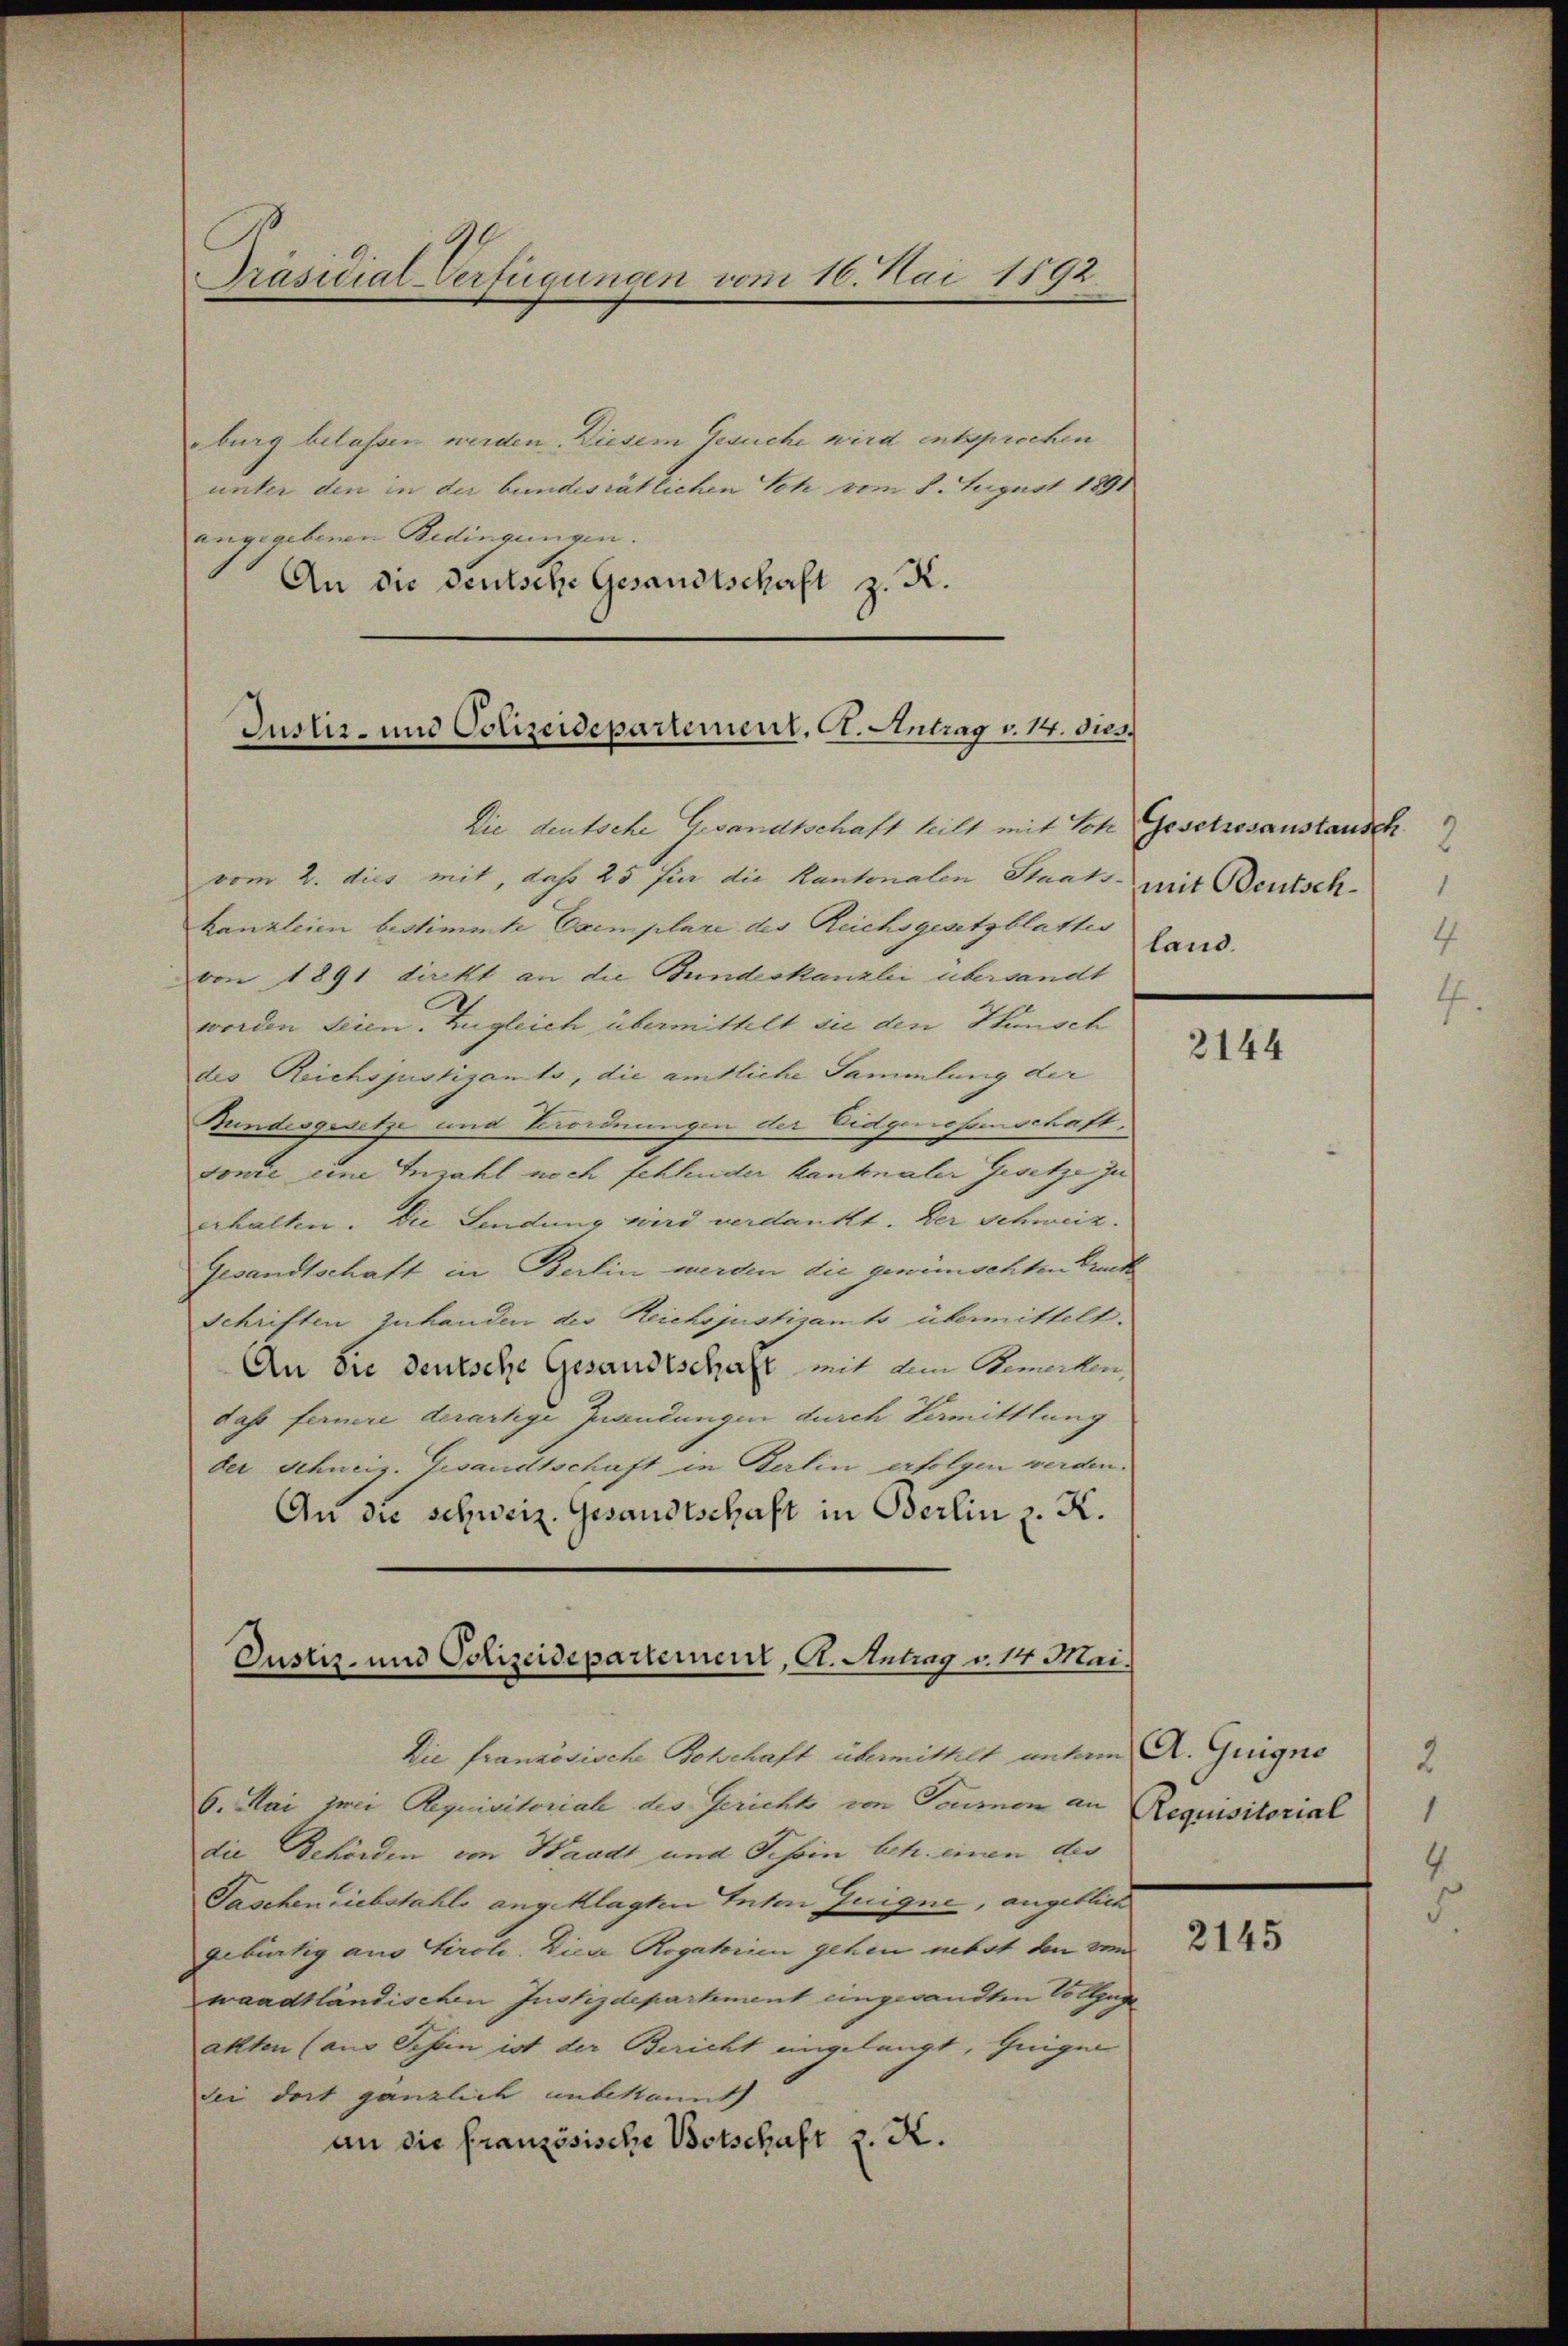
Präsidial-Verlegungen vom 16. Mai 1892

burg belassen werden. Diesem Gesuche wird entsprochen
unter den in der bundesrätlichen Tote vom 8. August 1891
angegebenen Bedingungen.
An die deutsche Gesandtschaft z. K.

Justiz- und Polizeidepartement, A. Antrag v. 14. dies.

Die deutsche Gesandtschaft teilt mit Tote
vom 2. dies mit, daß 25 für die Kantonalen Staats mit Deutschkanzleien bestimmte Exemplare des Reichsgesetzblattes
von 1891 direkt an die Bundeskanzlei übersandt
worden seien. Zugleich übermittelt sie den Hunsch
des Reichsjustizamts, die amtliche Sammlung der
Bundesgesetze und Verordnungen der Eidgenossenschaft.
vonce eine Anzahl noch fehhuder kantonaler Gesetze zu
erhalten. Die Lendung wird verdankt. Der Schweiz.
Gesandtschaft in Berlin werden die gewünschten Drucke
Schriften zuhanden der Reichsjustizamts übermittelt.
An die deutsche Gesandtschaft mit dem Bemerken
daß fernere derartige Zuwendungen durch Vermittlung
der Schweiz. Gesandtschaft in Berlin erfolgen werden.
An die schweiz. Gesandtschaft in Berlin z. K.

Justiz- und Polizeidepartement, A. Antrag u. 14 Mai.

Die Französische Botschaft übermittelt unterm
6. Mai zwei Requisitoriale des Gerichts von Touren an Requisitorial
die Behörden von Waadt und Schein beh. einen des
Faschen Liebstahls angeklagten Inten Zuigne, angeblich
gebürtig aus Kirch. Vicar Rogatrien gehen nebst den von
waadtländischen Justizdepartement eingewandten Vollzugeakten (aus Schen ist der Bericht eingelangt, zeigen
Sei dort gänzlich unbekannt
an die französische Botschaft z. R.

Gesetzesaustausch
land.

2144

A. Guigno

2145

d